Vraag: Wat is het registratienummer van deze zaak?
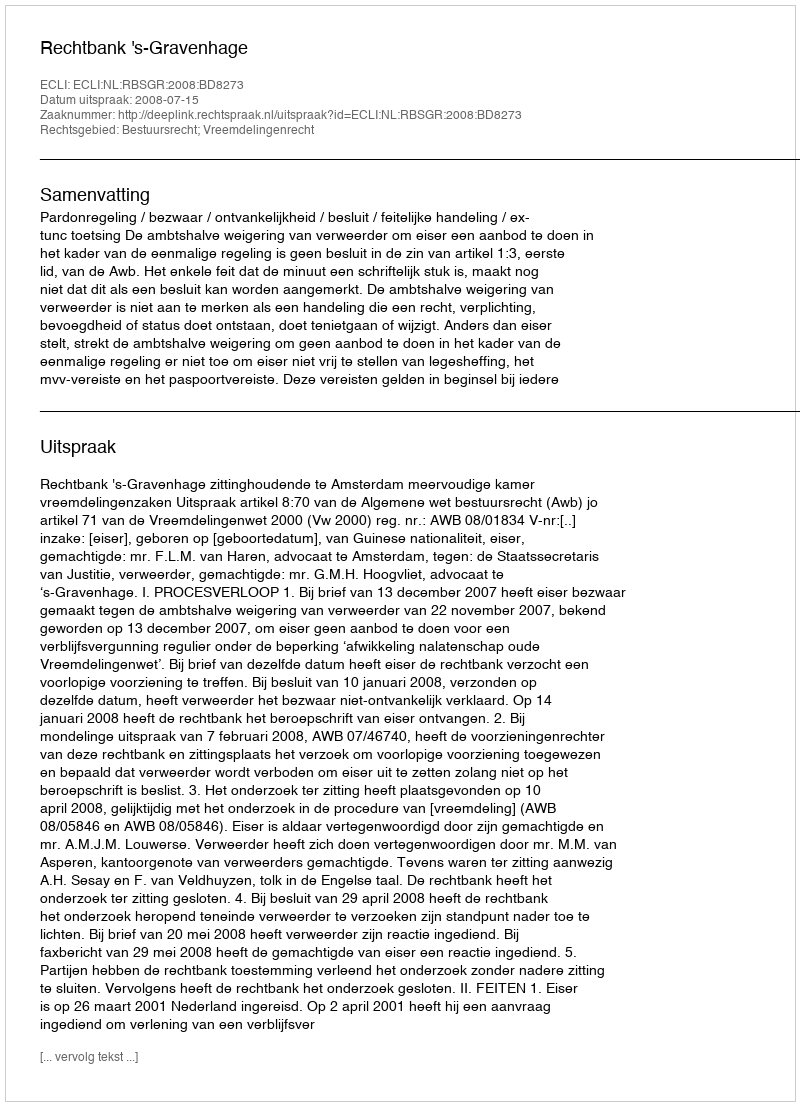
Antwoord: http://deeplink.rechtspraak.nl/uitspraak?id=ECLI:NL:RBSGR:2008:BD8273